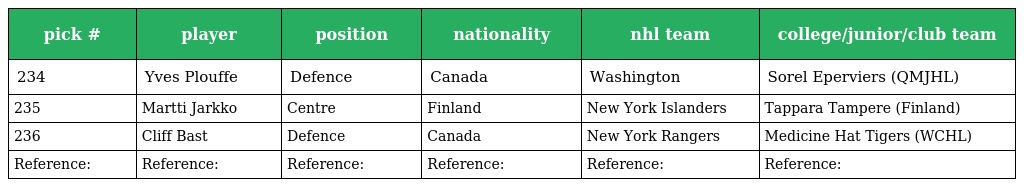
| pick # | player | position | nationality | nhl team | college/junior/club team |
 | --- | --- | --- | --- | --- | --- |
 | 234 | Yves Plouffe | Defence | Canada | Washington | Sorel Eperviers (QMJHL) |
 | 235 | Martti Jarkko | Centre | Finland | New York Islanders | Tappara Tampere (Finland) |
 | 236 | Cliff Bast | Defence | Canada | New York Rangers | Medicine Hat Tigers (WCHL) |
 | Reference: | Reference: | Reference: | Reference: | Reference: | Reference: |